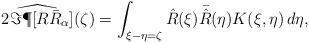
LaTeX: \begin{align*} \widehat{2 \Im \P [ R \bar R_\alpha]}(\zeta) = \int_{\xi-\eta = \zeta} \hat R(\xi) \bar{ \hat R}(\eta) K(\xi,\eta) \, d\eta, \end{align*}